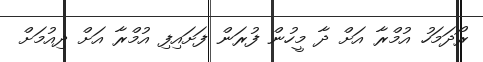
ރޯދަމަހު އުމްރާ އަށް ދާ މީހުން ފުރަން ފަށައިފި އުމްރާ އަށް ދިއުމަށް